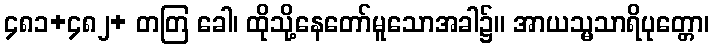
၄၈၁+၄၈၂+ တတြ ခေါ၊ ထိုသို့နေတော်မူသောအခါ၌။ အာယသ္မသာရိပုတ္တော၊